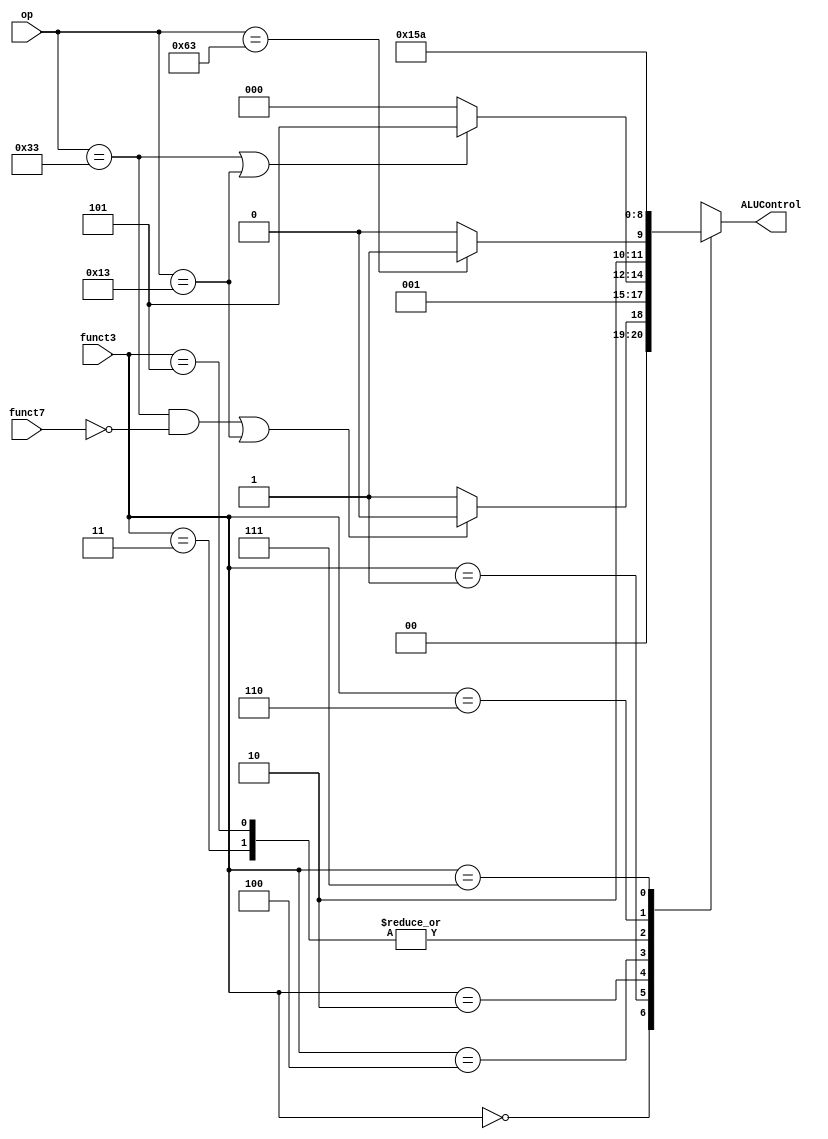
`define R_T 7'b0110011
`define I_T 7'b0010011
`define LW_T 7'b0000011
`define JALR_T 7'b1100111
`define S_T 7'b0100011
`define B_T 7'b1100011
`define J_T 7'b1101111
`define U_T 7'b0110111

`define ADD 3'b000
`define SUB 3'b001
`define AND 3'b010
`define OR  3'b011
`define XOR 3'b100
`define SLT 3'b101


module alu_decoder(op, funct3, funct7, ALUControl);

	input [6:0] op;
	input [2:0] funct3;
	input funct7;
	output reg [2:0] ALUControl;
	
	always @(op, funct3, funct7) begin
		case (funct3)
			3'b000: //add->ADD, sub->SUB, addi->ADD, beq->SUB, jalr->ADD
				ALUControl = ((op == `R_T & funct7 == 1'b0) | (op == `I_T)) ? `ADD : `SUB;
			3'b001: //bne->SUB
				ALUControl = `SUB;
			3'b010: //slt->SLT, slti->SLT, lw->ADD, sw->ADD
				ALUControl = (op == `R_T | op == `I_T) ? `SLT : `ADD;
			3'b011: //sltu->SLT, sltiu->SLT
				ALUControl = `SLT;
			3'b100: //blt->SLT, xori->XOR
				ALUControl = (op == `B_T) ? `SLT : `XOR;
			3'b101: //bge->SLT
				ALUControl = `SLT;
			3'b110: //or->OR, ori->OR
				ALUControl = `OR;
			3'b111: //and->AND, andi->AND
				ALUControl = `AND;
			default:
				ALUControl = 3'b000;
		endcase
	end
	

endmodule